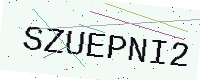
Text: SZUEPNI2